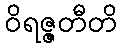
ဝိရဇ္ဇတီတိ